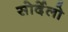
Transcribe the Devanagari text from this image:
सोर्देलो